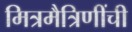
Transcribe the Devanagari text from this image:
मित्रमैत्रिणींची